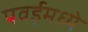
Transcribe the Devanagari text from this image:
पवईमध्ये